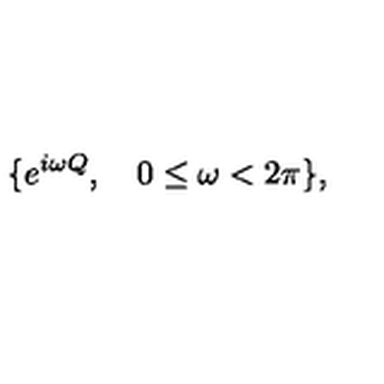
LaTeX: \{ e ^ { i \omega Q } , \quad 0 \le \omega < 2 \pi \} ,